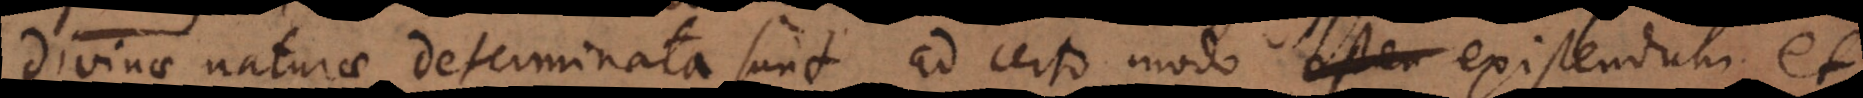
divinae naturae determinata sunt ad certo modo existendum et